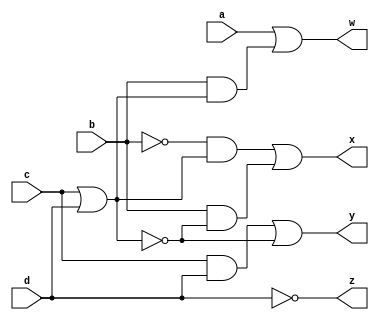
`timescale 1ns / 1ps
//////////////////////////////////////////////////////////////////////////////////
// Company: 
// Engineer: 
// 
// Design Name: 
// Module Name: lab1_1
// Project Name: 
// Target Devices: 
// Tool Versions: 
// Description: 
// 
// Dependencies: 
// 
// Revision:
// Revision 0.01 - File Created
// Additional Comments:
// 
//////////////////////////////////////////////////////////////////////////////////


module lab1_1(w, x, y, z, a, b, c, d);

output w, x, y, z;
input a, b, c, d;

assign z = ~d;
assign y = (c&d)|(~(c|d));
assign x = ((~b&(c|d))|(b&(~(c|d))));
assign w = (a | (b&(c|d)));

endmodule